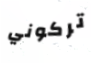
تركوني